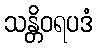
သန္တိဝရပဒံ